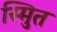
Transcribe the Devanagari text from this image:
स्मुित